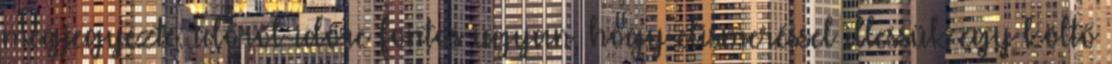
megjegyezte: időről-időre fontos ugyan, hogy elismeréssel illessük egy költő